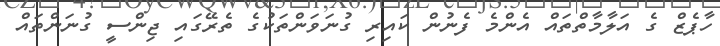
ހާޕެޒް ގެ އަލާމާތްތައް އެންމެ ފެނުން ކައިރި ގުނަވަންތަކުގެ ތެރޭގައި ޖިންސީ ގުނަންތައް